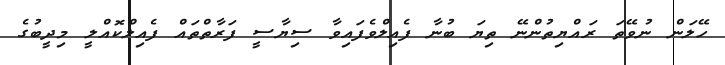
ހޭލަން ނުވޭތަ ރައްޔިތުންނޭ ތިޔަ ބުނާ ފެއިލްވެފައިވާ ސިޔާސީ ފަރާތްތައް ފެއިލްކޮއްލީ މިދީބުގެ